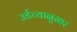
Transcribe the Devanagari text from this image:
उर्डच्यानुसार